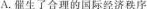
A.催生了合理的国际经济秩序